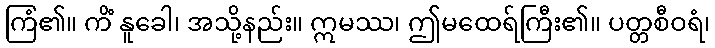
ကြံ၏။ ကိံ နူခေါ၊ အသို့နည်း။ ဣမဿ၊ ဤမထေရ်ကြီး၏။ ပတ္တစီဝရံ၊